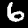
Digit: 6